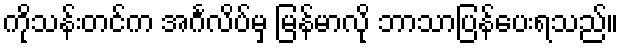
ကိုသန်းတင်က အင်္ဂလိပ်မှ မြန်မာလို ဘာသာပြန်ပေးရသည်။